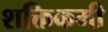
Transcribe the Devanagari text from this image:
शक्तिकमी